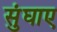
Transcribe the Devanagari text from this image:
सुंघाए